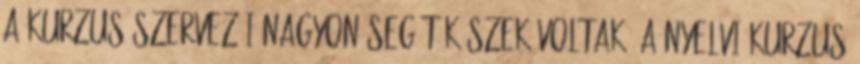
a kurzus szervezői nagyon segítőkészek voltak. A nyelvi kurzus